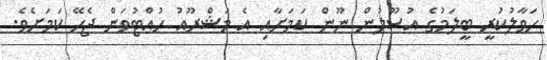
ހަވާލުކުރީ ބީލަމުގެ އުސޫލުން ނޫން ކަމަށާއި އެ މަޝްރޫއު ހުއްޓުވަން ޖެހޭ ކަމަށެވެ.